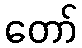
တော်